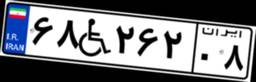
۶۸W۲۶۲۰۸